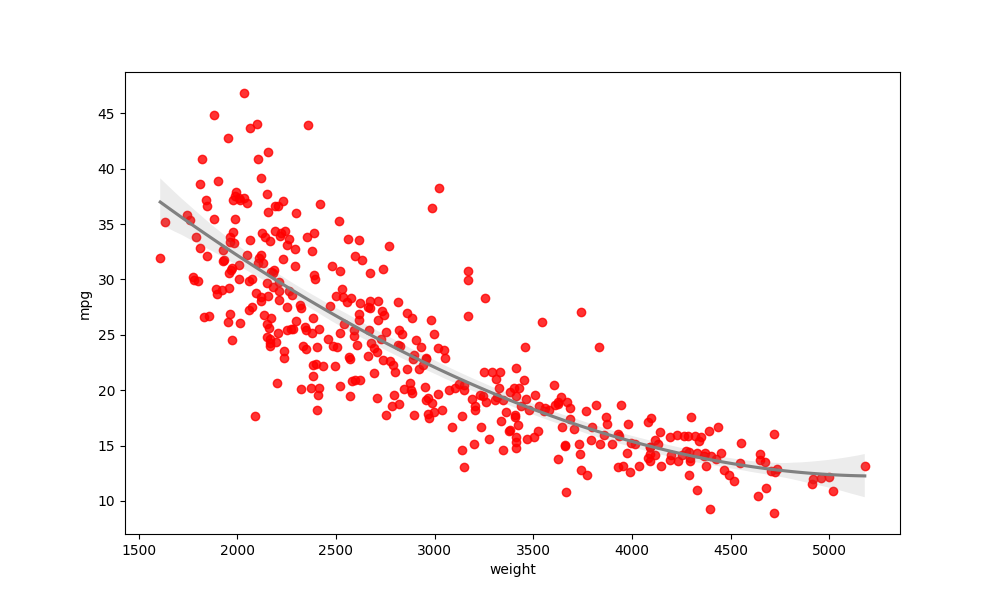
python, seaborn, regplot, order=3, ci=95, scatter_color=red, line_color=gray